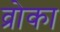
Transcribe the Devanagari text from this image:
व्रोका